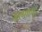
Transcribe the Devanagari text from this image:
जागवणारे